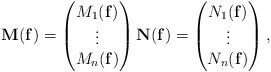
LaTeX: \begin{align*} \mathbf M(\mathbf f) = \begin{pmatrix} M_1(\mathbf f) \\ \vdots \\ M_n(\mathbf f) \end{pmatrix} \mathbf N(\mathbf f) = \begin{pmatrix} N_1(\mathbf f) \\ \vdots \\ N_n(\mathbf f) \end{pmatrix},\end{align*}